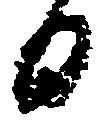
日